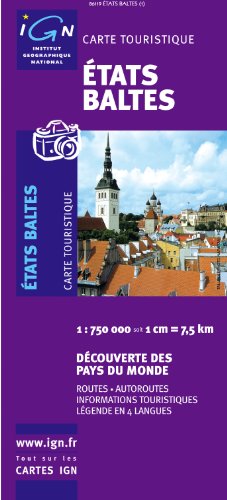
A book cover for Baltic States (French Edition); IGN; Travel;